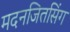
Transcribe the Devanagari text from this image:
मदनजितसिंग